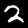
Digit: 2